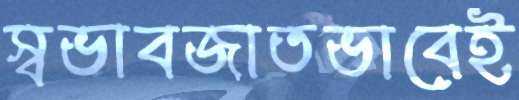
স্বভাবজাতভাবেই